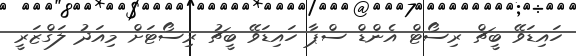
ހައިޑަވޭ ބީޗް ރިސޯޓް އެންޑް ސްޕާ ހައިޑަވޭ ބީޗު ރިސޯޓަށް މިއަދު ލަގްޒަރީ